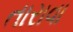
તારાવા